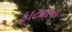
ફાટવાના